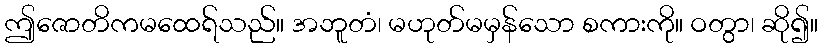
ဤဇောတိကမထေရ်သည်။ အဘူတံ၊ မဟုတ်မမှန်သော စကားကို။ ဝတွာ၊ ဆို၍။